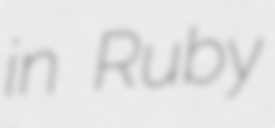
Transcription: in Ruby